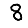
Digit: 8